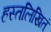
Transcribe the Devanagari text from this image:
हस्तलिखितं